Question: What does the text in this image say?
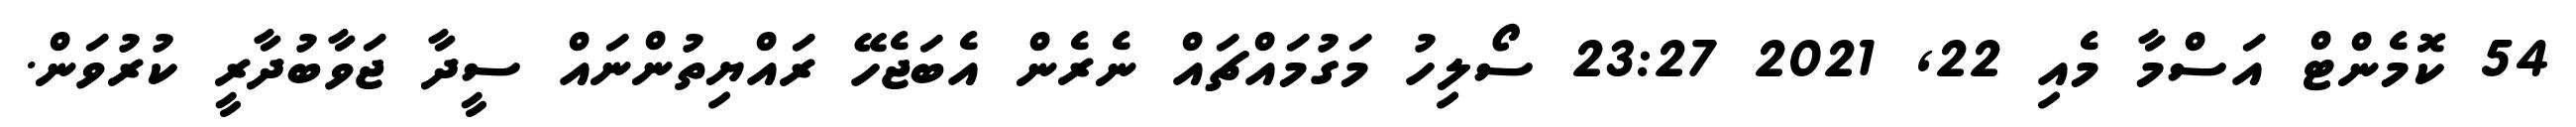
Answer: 54 ކޮމެންޓް އަސްމާ މެއި 22, 2021 23:27 ސޯލިހު މަގުމައްޗައް ނެރެން އެބަޖެހޭ ރައްޔިތުންނައް ސީދާ ޖަވާބުދާރީ ކުރުވަން.